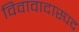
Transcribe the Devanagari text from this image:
विवावादास्पद